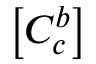
\left[ C _ { c } ^ { b } \right]